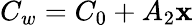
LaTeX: C_{w}=C_{0}+A_{2}\mathbf{x}